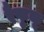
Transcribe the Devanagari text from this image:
रैफुकू